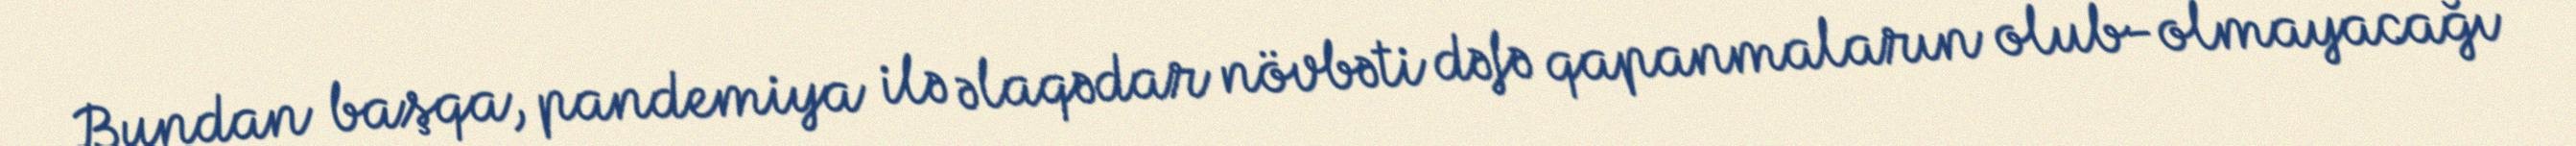
Bundan başqa, pandemiya ilə əlaqədar növbəti dəfə qapanmaların olub-olmayacağı